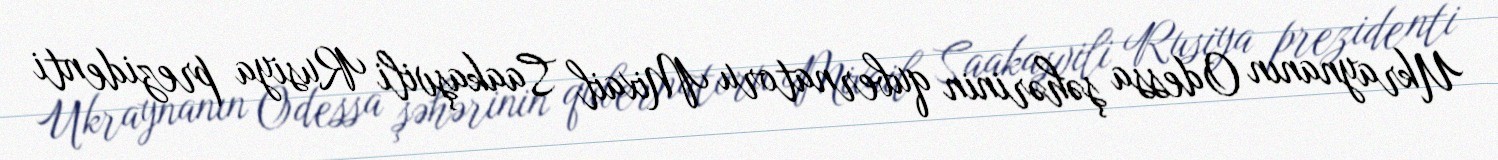
Ukraynanın Odessa şəhərinin qubernatoru Mixail Saakaşvili Rusiya prezidenti